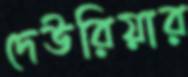
দেউরিয়ার